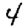
Digit: 4